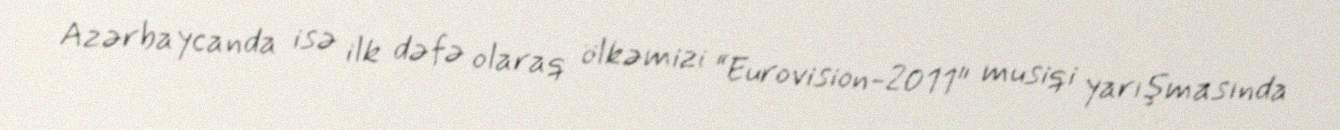
Azərbaycanda isə ilk dəfə olaraq ölkəmizi “Eurovision-2011" musiqi yarışmasında